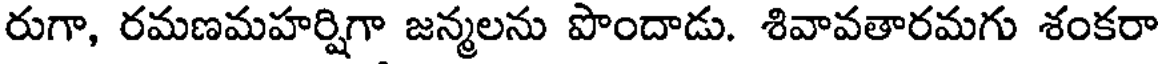
రుగా, రమణమహర్షిగా జన్మలను పొందాడు. శివావతారమగు శంకరా